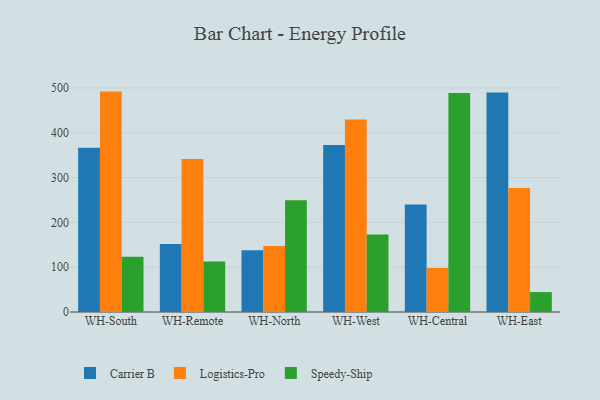
{"axis": {"x": "Warehouse", "y": "LTV (USD)"}, "legend": ["Carrier B", "Logistics-Pro", "Speedy-Ship"], "data": [{"x": "WH-South", "y": 366.7, "type": "Carrier B"}, {"x": "WH-South", "y": 491.9, "type": "Logistics-Pro"}, {"x": "WH-South", "y": 123.1, "type": "Speedy-Ship"}, {"x": "WH-Remote", "y": 152.0, "type": "Carrier B"}, {"x": "WH-Remote", "y": 341.7, "type": "Logistics-Pro"}, {"x": "WH-Remote", "y": 112.8, "type": "Speedy-Ship"}, {"x": "WH-North", "y": 138.0, "type": "Carrier B"}, {"x": "WH-North", "y": 147.1, "type": "Logistics-Pro"}, {"x": "WH-North", "y": 249.6, "type": "Speedy-Ship"}, {"x": "WH-West", "y": 372.9, "type": "Carrier B"}, {"x": "WH-West", "y": 429.4, "type": "Logistics-Pro"}, {"x": "WH-West", "y": 172.7, "type": "Speedy-Ship"}, {"x": "WH-Central", "y": 239.7, "type": "Carrier B"}, {"x": "WH-Central", "y": 98.0, "type": "Logistics-Pro"}, {"x": "WH-Central", "y": 489.0, "type": "Speedy-Ship"}, {"x": "WH-East", "y": 489.8, "type": "Carrier B"}, {"x": "WH-East", "y": 277.0, "type": "Logistics-Pro"}, {"x": "WH-East", "y": 44.5, "type": "Speedy-Ship"}]}